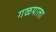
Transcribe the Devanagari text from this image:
गळयाला